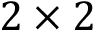
2 \times 2